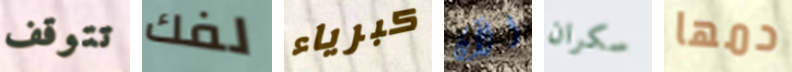
تتوقف لفك كبرياء الآن سكران دمها